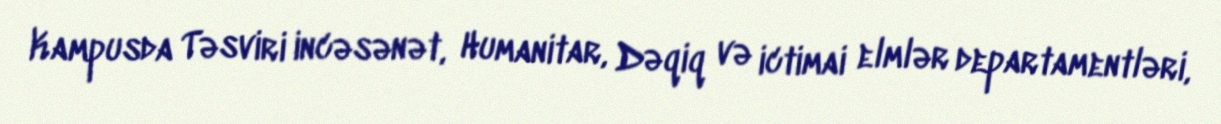
Kampusda Təsviri incəsənət, Humanitar, Dəqiq və ictimai elmlər departamentləri,